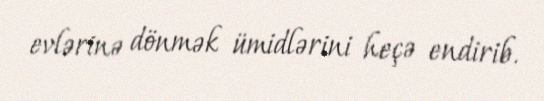
evlərinə dönmək ümidlərini heçə endirib.